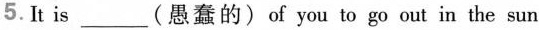
5.It is___(愚蠢的)of you to go out in the sun